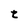
Character: t